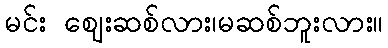
မင်း ဈေးဆစ်လား၊မဆစ်ဘူးလား။